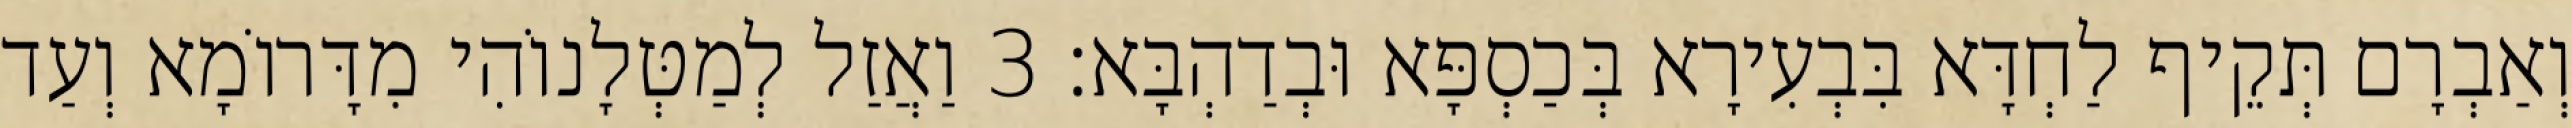
וְאַבְרָם תְּקֵיף לַחְדָּא בִּבְעִירָא בְּכַסְפָּא וּבְדַהְבָּא׃ 3 וַאֲזַל לְמַטְּלָנוֹהִי מִדָּרוֹמָא וְעַד